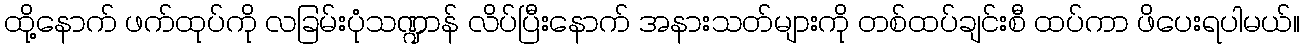
ထို့နောက် ဖက်ထုပ်ကို လခြမ်းပုံသဏ္ဍာန် လိပ်ပြီးနောက် အနားသတ်များကို တစ်ထပ်ချင်းစီ ထပ်ကာ ဖိပေးရပါမယ်။